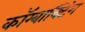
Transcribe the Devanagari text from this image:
कॉम्बाक्टिंग